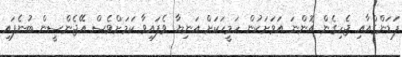
ޕަޑަންގްއާއި ޖެހިގެން އޮންނަ އަވަށަކުން ހަމީހަކަށް އަނިޔާ ވެފައިވާ ކަމަށްވެސް އޭޖެންސީން ބުނެފައި